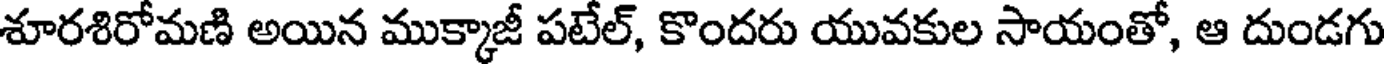
శూరశిరోమణి అయిన ముక్కాజీ పటేల్, కొందరు యువకుల సాయంతో, ఆ దుండగు